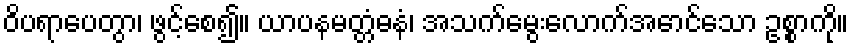
ဝိပရာပေတွာ၊ ဖွင့်စေ၍။ ယာပနမတ္တံဓနံ၊ အသက်မွေးလောက်အောင်သော ဥစ္စာကို။